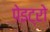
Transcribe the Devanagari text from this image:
पेइट्रो